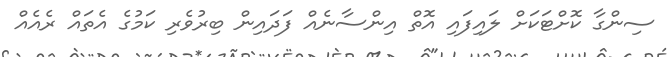
ސިންގާ ކޮށްޓަކަށް ލައިފައި އޮތް އިންސާނެއް ފަދައިން ބިރުވެރި ކަމުގެ އެތައް ރެއެއް